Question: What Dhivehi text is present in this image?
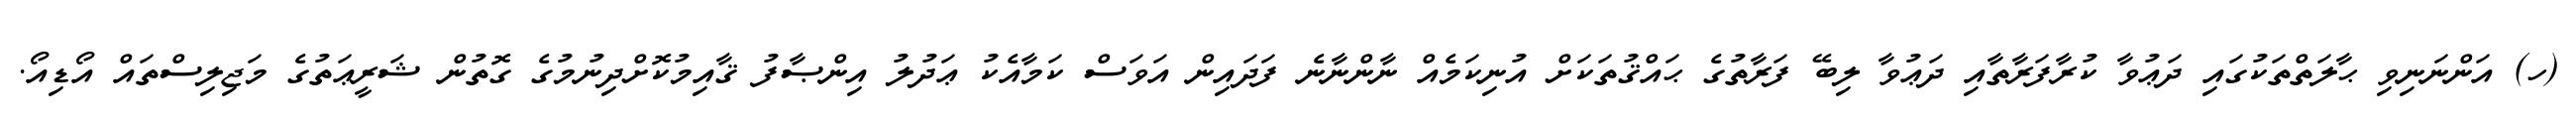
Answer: (ހ) އަންނަނިވި ޙާލަތްތަކުގައި ދަޢުވާ ކުރާފަރާތާއި ދަޢުވާ ލިބޭ ފަރާތުގެ ޙައްޤުތަކަށް އުނިކަމެއް ނާންނާނެ ފަދައިން އަވަސް ކަމާއެކު ޢަދުލު އިންޞާފު ޤާއިމުކޮށްދިނުމުގެ ގޮތުން ޝަރީޢަތުގެ މަޖިލިސްތައް އޯޑިއޯ.